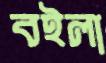
বইলা